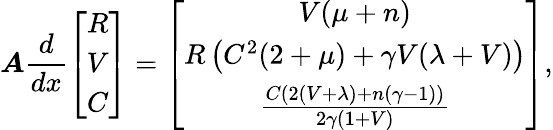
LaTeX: \boldsymbol{A}\frac{d}{dx}\left[\begin{array}{c}{R}\\ {V}\\ {C}\end{array}\right]=\left[\begin{array}{c}{V(\mu+n)}\\ {R\left(C^{2}(2+\mu)+\gamma V(\lambda+V)\right)}\\ {\frac{C\left(2\left(V+\lambda\right)+n(\gamma-1)\right)}{2\gamma(1+V)}}\end{array}\right],